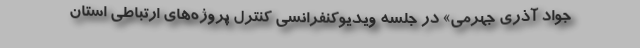
جواد آذری جهرمی» در جلسه ویدیوکنفرانسی کنترل پروژه‌های ارتباطی استان